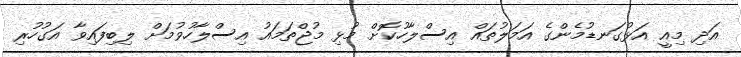
އަދި މިއީ އަޅުގަނޑުމެންގެ އަމަލުތައް އިސްލާހުކޮށް މުޅި މުޖްތަމައު އިސްލާހުވުމަށް ލިބިފައިވާ އަގުހުރި